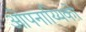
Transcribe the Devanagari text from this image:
ओपनाय्यिको